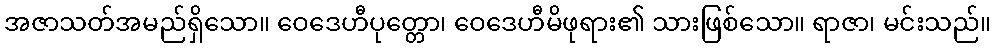
အဇာသတ်အမည်ရှိသော။ ဝေဒေဟီပုတ္တော၊ ဝေဒေဟီမိဖုရား၏ သားဖြစ်သော။ ရာဇာ၊ မင်းသည်။